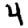
Digit: 4